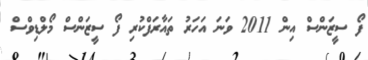
ފޯ ސީޒަންސް އިން 2011 ވަނަ އަހަރު ތައާރަފްކުރި ފޯ ސީޒަންސް މޯލްޑިވްސް